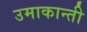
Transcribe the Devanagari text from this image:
उमाकान्‍ती